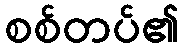
စစ်တပ်၏